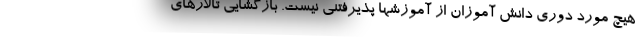
هیچ مورد دوری دانش آموزان از آموزشها پذیرفتنی نیست. بازگشایی تالارهای